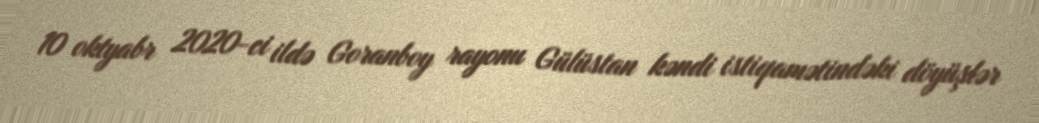
10 oktyabr 2020-ci ildə Goranboy rayonu Gülüstan kəndi istiqamətindəki döyüşlər